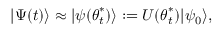
\ensuremath { \lvert { \Psi ( t ) } \rangle } \approx \ensuremath { \lvert { \psi ( { \boldsymbol { \theta } } _ { t } ^ { * } ) } \rangle } : = U ( { \boldsymbol { \theta } } _ { t } ^ { * } ) \ensuremath { \lvert { \psi _ { 0 } } \rangle } ,